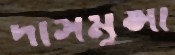
দাসমুন্সী